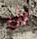
ان